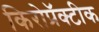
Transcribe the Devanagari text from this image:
किरोप्रॅक्टीक